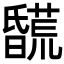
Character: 𣋯